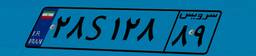
۹۱S۷۶۲۷۹